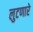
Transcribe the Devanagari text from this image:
लुटणारे